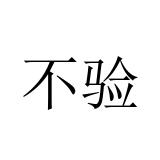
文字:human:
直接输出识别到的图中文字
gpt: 不验